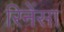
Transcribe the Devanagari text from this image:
रिनेंसा